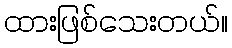
ထားဖြစ်သေးတယ်။